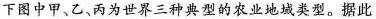
下图中甲、乙、丙为世界三种典型的农业地域类型。据此